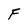
Character: F